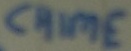
Text: CHIME